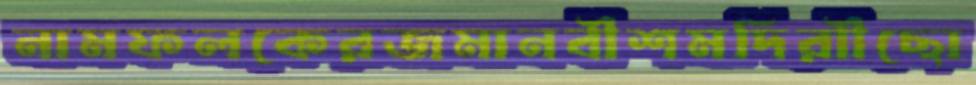
নামফলকেরজমানবীশমদিরাীছো